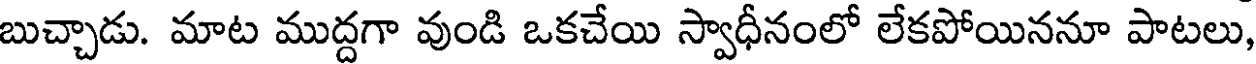
బుచ్చాడు. మాట ముద్దగా వుండి ఒకచేయి స్వాధీనంలో లేకపోయిననూ పాటలు,